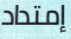
إمتداد